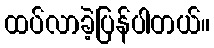
ထပ်လာခဲ့ပြန်ပါတယ်။